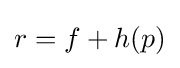
{\textstyle r=f+h(p)}